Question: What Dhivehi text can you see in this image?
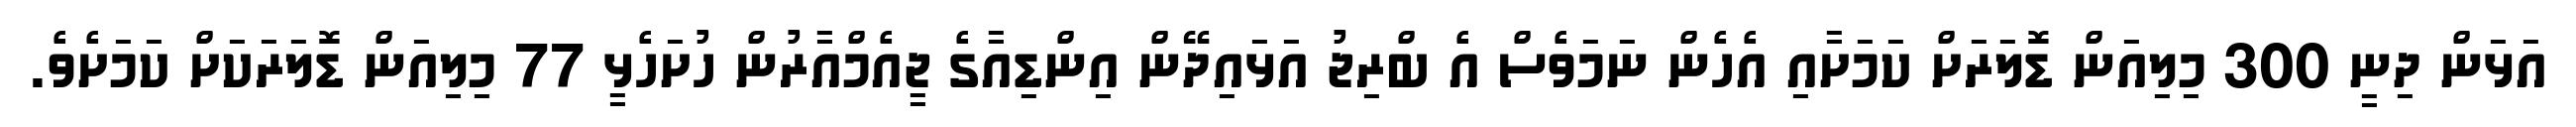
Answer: އަޅަން ދިނީ 300 މިލިއަން ޑޮލަރަށް ކަމަށާއި އެހެން ނަމަވެސް އެ ބްރިޖު އަޅައިދޭން އިންޑިއާގެ ޖީއެމްއާރުން ހުށަހެޅީ 77 މިލިއަން ޑޮލަރަކަށް ކަމަށެވެ.